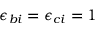
\epsilon _ { b i } = \epsilon _ { c i } = 1